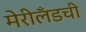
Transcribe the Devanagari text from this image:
मेरीलँडची